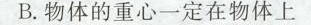
B.物体的重心一定在物体上